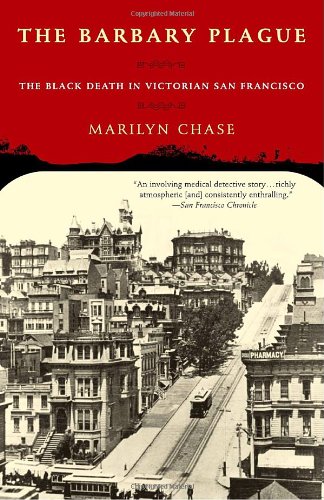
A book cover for The Barbary Plague: The Black Death in Victorian San Francisco; Marilyn Chase; History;